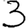
Digit: 3